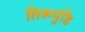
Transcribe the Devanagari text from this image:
तिरूमुंडि